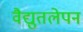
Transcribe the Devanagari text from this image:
वैद्युतलेपन